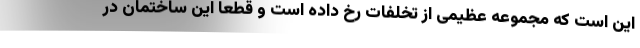
این است که مجموعه عظیمی از تخلفات رخ داده است و قطعا این ساختمان در